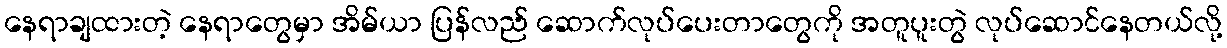
နေရာချထားတဲ့ နေရာတွေမှာ အိမ်ယာ ပြန်လည် ဆောက်လုပ်ပေးတာတွေကို အတူပူးတွဲ လုပ်ဆောင်နေတယ်လို့